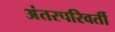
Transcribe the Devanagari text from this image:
अंतरपरिवर्ती